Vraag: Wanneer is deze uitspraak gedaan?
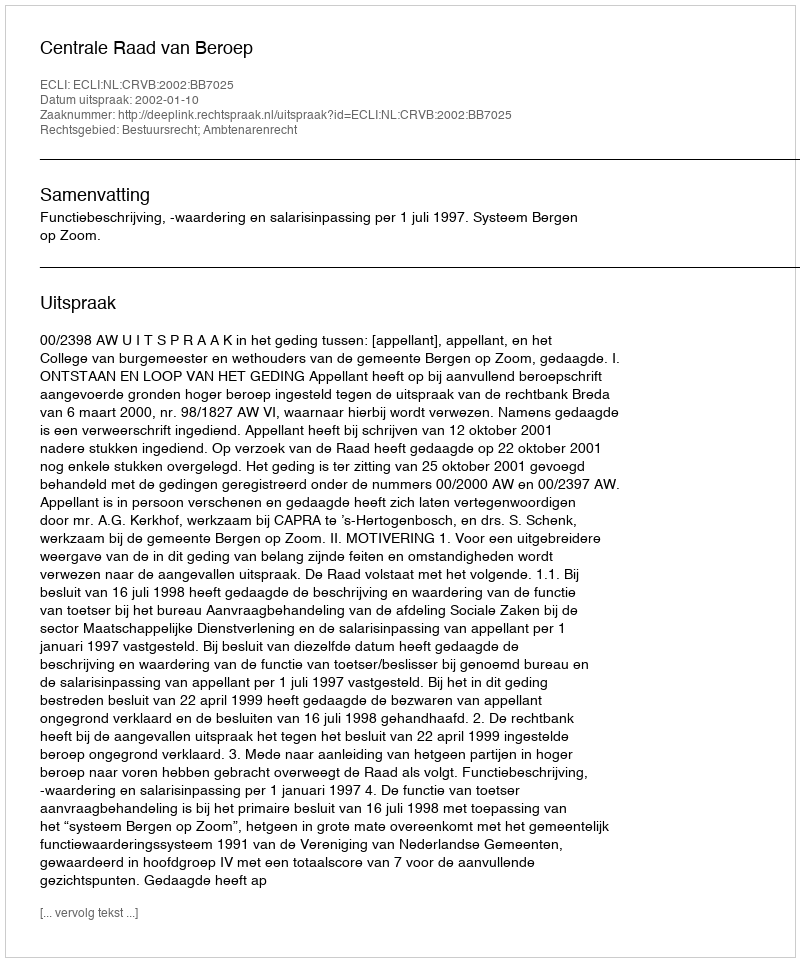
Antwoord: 2002-01-10